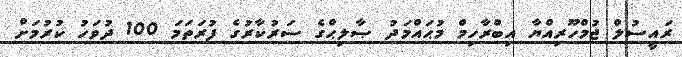
ރައީސުލް ޖުމްހޫރިއްޔާ އިބްރާހިމް މުޙައްމަދު ޞާލިޙްގެ ސަރުކާރުގެ ފުރަތަމަ 100 ދުވަހު ކުރުމަށް